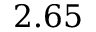
2 . 6 5